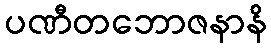
ပဏီတဘောဇနာနိ